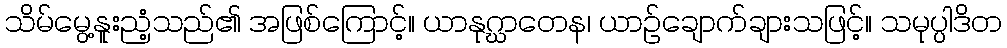
သိမ်မွေ့နူးညံ့သည်၏ အဖြစ်ကြောင့်။ ယာနုဂ္ဃာတေန၊ ယာဉ်ချောက်ချားသဖြင့်။ သမုပ္ပါဒိတ